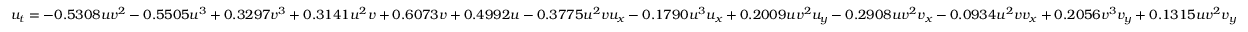
u _ { t } = - 0 . 5 3 0 8 u v ^ { 2 } - 0 . 5 5 0 5 u ^ { 3 } + 0 . 3 2 9 7 v ^ { 3 } + 0 . 3 1 4 1 u ^ { 2 } v + 0 . 6 0 7 3 v + 0 . 4 9 9 2 u - 0 . 3 7 7 5 u ^ { 2 } v u _ { x } - 0 . 1 7 9 0 u ^ { 3 } u _ { x } + 0 . 2 0 0 9 u v ^ { 2 } u _ { y } - 0 . 2 9 0 8 u v ^ { 2 } v _ { x } - 0 . 0 9 3 4 u ^ { 2 } v v _ { x } + 0 . 2 0 5 6 v ^ { 3 } v _ { y } + 0 . 1 3 1 5 u v ^ { 2 } v _ { y }